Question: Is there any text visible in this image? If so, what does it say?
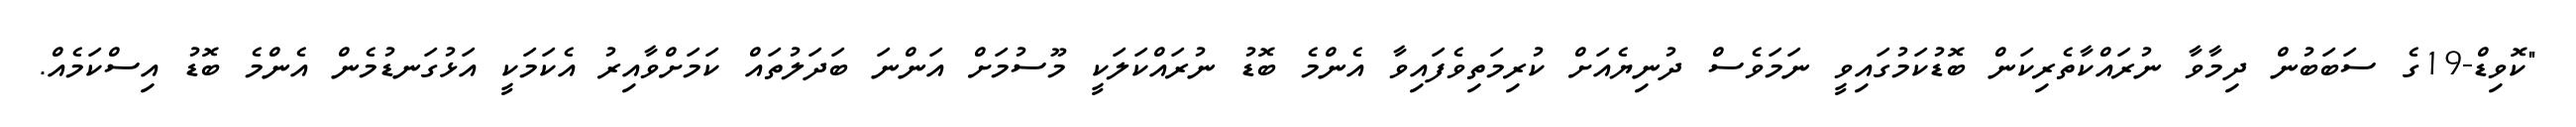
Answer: "ކޮވިޑް-19ގެ ސަބަބުން ދިމާވާ ނުރައްކާތެރިކަން ބޮޑުކަމުގައިވީ ނަމަވެސް ދުނިޔެއަށް ކުރިމަތިވެފައިވާ އެންމެ ބޮޑު ނުރައްކަލަކީ މޫސުމަށް އަންނަ ބަދަލުތައް ކަމަށްވާއިރު އެކަމަކީ އަޅުގަނޑުމެން އެންމެ ބޮޑު އިސްކަމެއް.